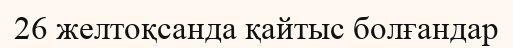
26 желтоқсанда қайтыс болғандар